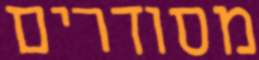
מסודרים